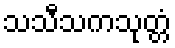
သသီသကသုတ္တံ